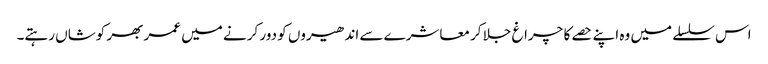
اس سلسلے میں وہ اپنے حصے کا چراغ جلا کر معاشرے سے اندھیروں کو دور کرنے میں عمر بھر کوشاں رہتے۔